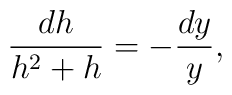
\frac{dh}{h^2+h} = - \frac{dy}{y},